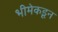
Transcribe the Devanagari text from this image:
भीमेकडून